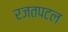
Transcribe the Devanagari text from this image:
रजतपटल